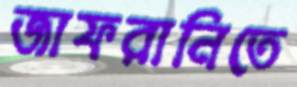
জাফরানিতে